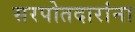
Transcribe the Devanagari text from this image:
सरपोतदारांना